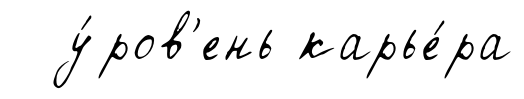
у́ров'ень карье́ра